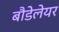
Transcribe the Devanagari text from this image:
बौडेलेयर